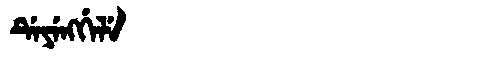
Manchu: ᡩᡝᠶᡝᠩᡤᡝᠯᡝ
Romanization: DEYENGGELE